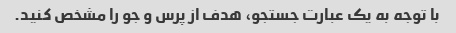
با توجه به یک عبارت جستجو، هدف از پرس و جو را مشخص کنید.